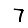
Digit: 7